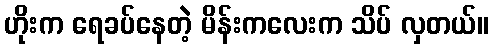
ဟိုးက ရေခပ်နေတဲ့ မိန်းကလေးက သိပ် လှတယ်။